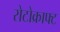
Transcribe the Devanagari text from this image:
रोटोक्राफ्ट